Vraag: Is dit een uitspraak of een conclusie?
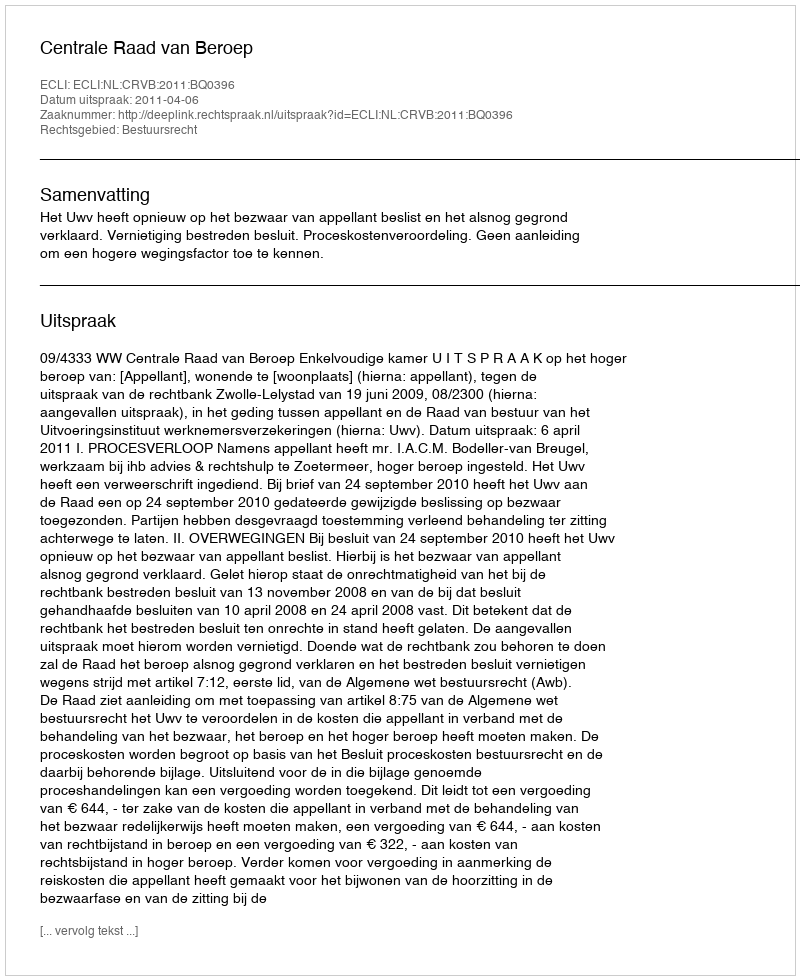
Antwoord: Uitspraak